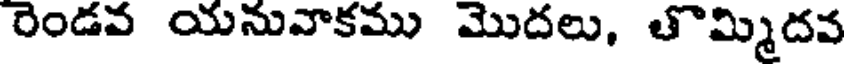
రెండవ యనువాకము మొదలు, తొమ్మిదవ